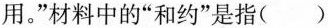
用。”材料中的”和约”是指( )